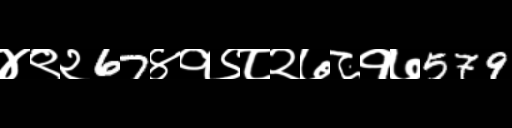
Text: ४९२67४१९८२७८१७579